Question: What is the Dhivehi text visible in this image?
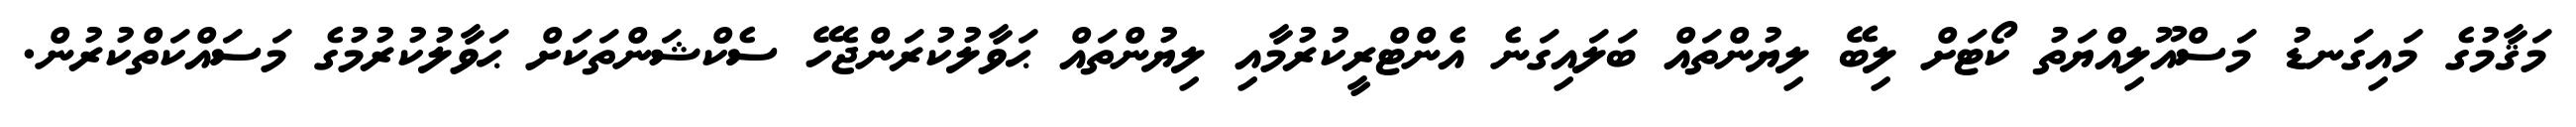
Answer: މަޤާމުގެ މައިގަނޑު މަސްއޫލިއްޔަތު ކޯޓަށް ލިބޭ ލިޔުންތައް ބަލައިގަނެ އެންޓްރީކުރުމާއި ލިޔުންތައް ޙަވާލުކުރަންޖެހޭ ސެކްޝަންތަކަށް ޙަވާލުކުރުމުގެ މަސައްކަތްކުރުން.